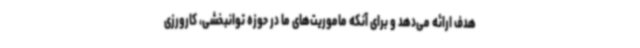
هدف ارائه می‌دهد و برای آنکه ماموریت‌های ما در حوزه توانبخشی، کارورزی